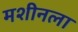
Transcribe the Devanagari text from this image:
मशीनला